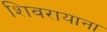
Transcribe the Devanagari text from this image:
शिवरायाना